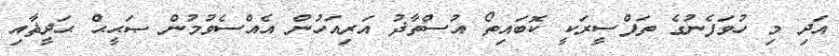
އަދި މި ހުވަފެނުގެ ތަފްސީރަކީ ކޮބައިތޯ އުސްތާޛު އަރިއަހުން އެއްސެވުމުން ޞަޙީޙް ޙަދީޘާއި